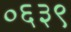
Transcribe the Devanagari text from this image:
०६३९